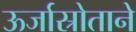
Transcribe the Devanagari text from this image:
ऊर्जास्रोताने